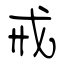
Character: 戒